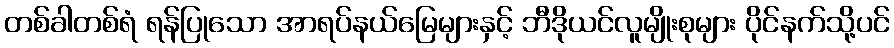
တစ်ခါတစ်ရံ ရန်ပြုသော အာရပ်နယ်မြေများနှင့် ဘီဒိုယင်လူမျိုးစုများ ပိုင်နက်သို့ပင်